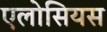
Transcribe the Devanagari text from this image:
एलोसियस